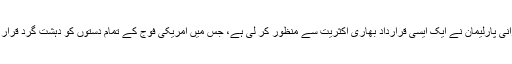
ساتھ ہی ایرانی پارلیمان نے ایک ایسی قرارداد بھاری اکثریت سے منظور کر لی ہے، جس میں امریکی فوج کے تمام دستوں کو دہشت گرد قرار دیا گیا ہے۔